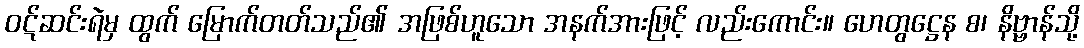
ဝဋ်ဆင်းရဲမှ ထွက် မြောက်တတ်သည်၏ အဖြစ်ဟူသော အနက်အားဖြင့် လည်းကောင်း။ ဟေတွဋ္ဌေန စ၊ နိဗ္ဗာန်သို့